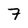
Character: 7